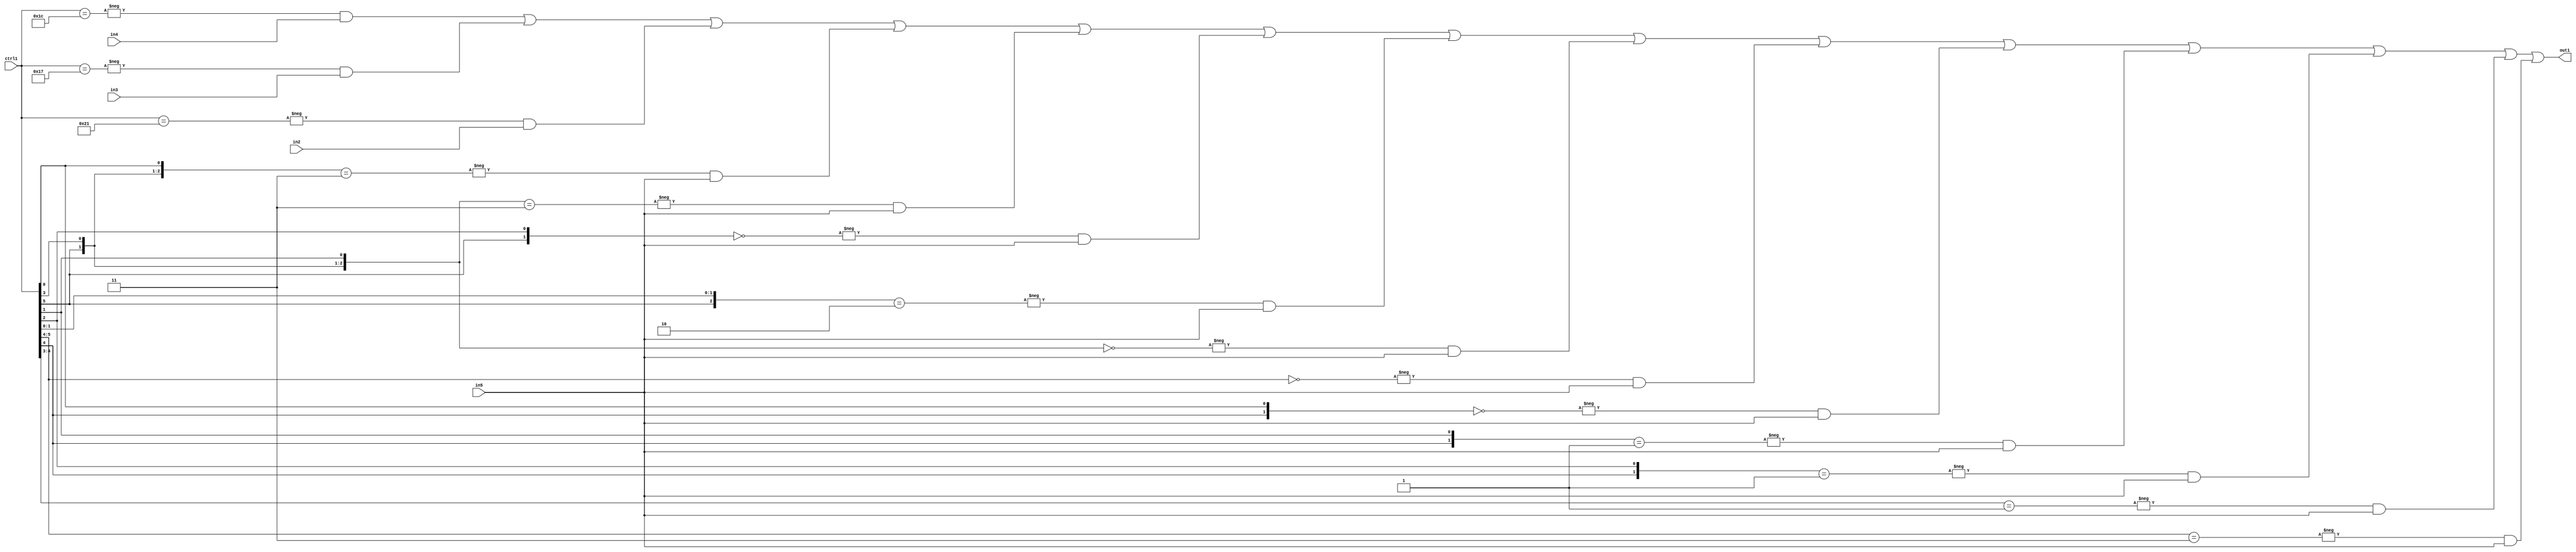
`timescale 1ps / 1ps
/*****************************************************************************
    Verilog RTL Description
    
    
    Created by: Stratus DpOpt 21.05.01 
*******************************************************************************/

module SobelFilter_N_Mux_32_4_52_1 (
	in5,
	in4,
	in3,
	in2,
	ctrl1,
	out1
	); /* architecture "behavioural" */ 
input [31:0] in5;
input [8:0] in4,
	in3,
	in2;
input [5:0] ctrl1;
output [31:0] out1;
wire [31:0] asc001;

assign asc001 = 
	-{ctrl1 == 6'B011100} & in4 |
	-{ctrl1 == 6'B010111} & in3 |
	-{ctrl1 == 6'B100001} & in2 |
	-{{ctrl1[5], ctrl1[3], ctrl1[0]} == 3'B011} & in5 |
	-{{ctrl1[5], ctrl1[3], ctrl1[1]} == 3'B011} & in5 |
	-{{ctrl1[5], ctrl1[2]} == 2'B00} & in5 |
	-{{ctrl1[5], ctrl1[1:0]} == 3'B010} & in5 |
	-{{ctrl1[5], ctrl1[3], ctrl1[1]} == 3'B000} & in5 |
	-{ctrl1[5:4] == 2'B00} & in5 |
	-{{ctrl1[4], ctrl1[0]} == 2'B00} & in5 |
	-{{ctrl1[4], ctrl1[1]} == 2'B01} & in5 |
	-{{ctrl1[4], ctrl1[2]} == 2'B01} & in5 |
	-{ctrl1[4:3] == 2'B01} & in5 |
	-{ctrl1[5:4] == 2'B11} & in5 ;

assign out1 = asc001;
endmodule

/* CADENCE  vLj5Qgs= : u9/ySxbfrwZIxEzHVQQV8Q== ** DO NOT EDIT THIS LINE ******/